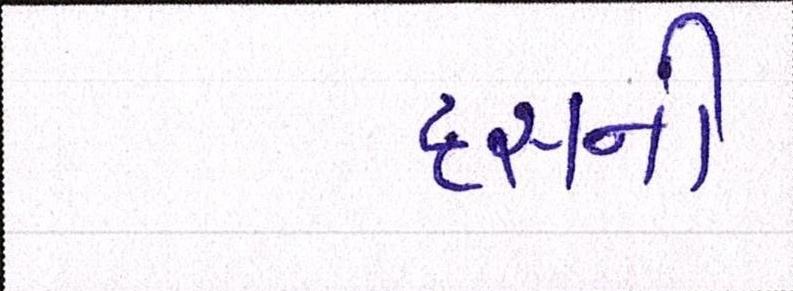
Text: દસની